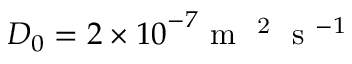
{ { D } _ { 0 } } = 2 \times { { 1 0 } ^ { - 7 } } { { \mathrm { ~ m ~ } } ^ { \mathrm { ~ 2 ~ } } } { { \mathrm { ~ s ~ } } ^ { - 1 } }